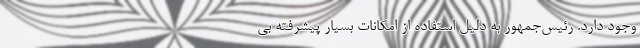
وجود دارد. رئیس‌جمهور به دلیل استفاده از امکانات بسیار پیشرفته بی